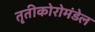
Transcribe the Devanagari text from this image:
तृतीकोरोमंडेल